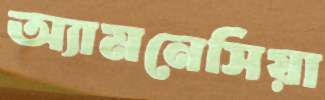
অ্যামনেসিয়া